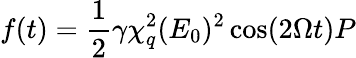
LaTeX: f(t)=\frac{1}{2}\gamma\chi_{q}^{2}(E_{0})^{2}\cos(2\Omega t)P